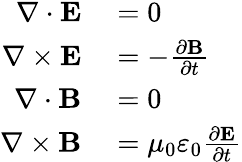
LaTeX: \begin{array}{rl}{\nabla\cdot\mathbf{E}}&{{}=0}\\ {\nabla\times\mathbf{E}}&{{}=-{\frac{\partial\mathbf{B}}{\partial t}}}\\ {\nabla\cdot\mathbf{B}}&{{}=0}\\ {\nabla\times\mathbf{B}}&{{}=\mu_{0}\varepsilon_{0}{\frac{\partial\mathbf{E}}{\partial t}}}\end{array}